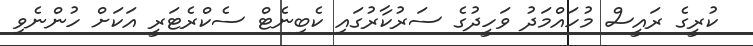
ކުރީގެ ރައީސް މުހައްމަދު ވަހީދުގެ ސަރުކާރުގައި ކެބިނެޓް ސެކްރެޓަރީ އަކަށް ހުންނެވި